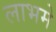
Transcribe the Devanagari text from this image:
लाभमे